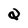
Character: Q